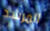
المرشد